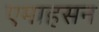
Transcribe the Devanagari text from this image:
एमाहसन